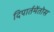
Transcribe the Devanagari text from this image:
दिपार्तमेंतोस